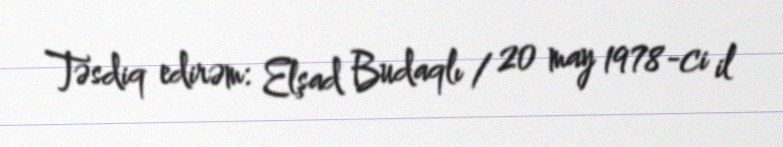
Təsdiq edirəm: Elşad Budaqlı / 20 may 1978-ci il